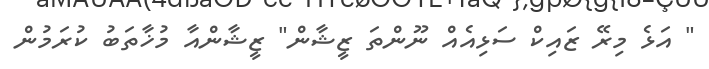
" އަޅެ މިރޭ ޒައިކް ސަޅިއެއް ނޫންތަ ޒީޝާން" ޒީޝާންއާ މުޚާތަބު ކުރަމުން